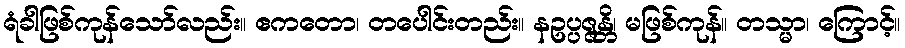
ရံခါဖြစ်ကုန်သော်လည်း။ ဧကတော၊ တပေါင်းတည်း။ နဥပ္ပဇ္ဇန္တိ၊ မဖြစ်ကုန်။ တသ္မာ၊ ကြောင့်။